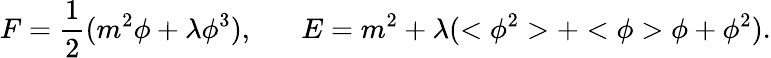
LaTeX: F=\frac{1}{2}(m^{2}\phi+\lambda\phi^{3}),\; \; \; \; \; \; E=m^{2}+\lambda(<\phi^{2}>+<\phi>\phi+\phi^{2}).